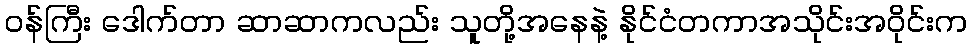
ဝန်ကြီး ဒေါက်တာ ဆာဆာကလည်း သူတို့အနေနဲ့ နိုင်ငံတကာအသိုင်းအဝိုင်းက